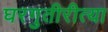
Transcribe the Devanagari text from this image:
घरगुतीरीत्या